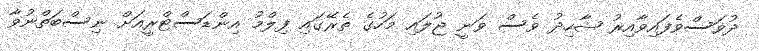
ދުވަސްވެފައިވާއިރު ޝާހިދު ވެސް ވަނީ ޖުލައި މަހުގެ ތެރޭގައި ފިލްމު އިންޑަސްޓްރީއަށް ނިސްބަތްނުވާ